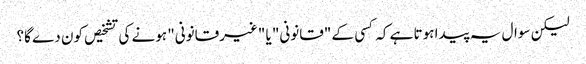
لیکن سوال یہ پیدا ہوتا ہے کہ کسی کے "قانونی" یا "غیرقانونی" ہونے کی تشخیص کون دے گا؟